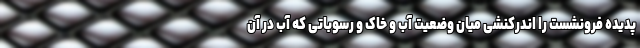
پدیده فرونشست را اندرکنشی میان وضعیت آب و خاک و رسوباتی که آب در آن